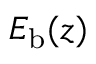
E _ { \mathrm { b } } ( z )